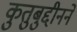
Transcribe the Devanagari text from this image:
कुतुबुद्दीनने